Annual report of the Prince of Wales Medical College, Patna
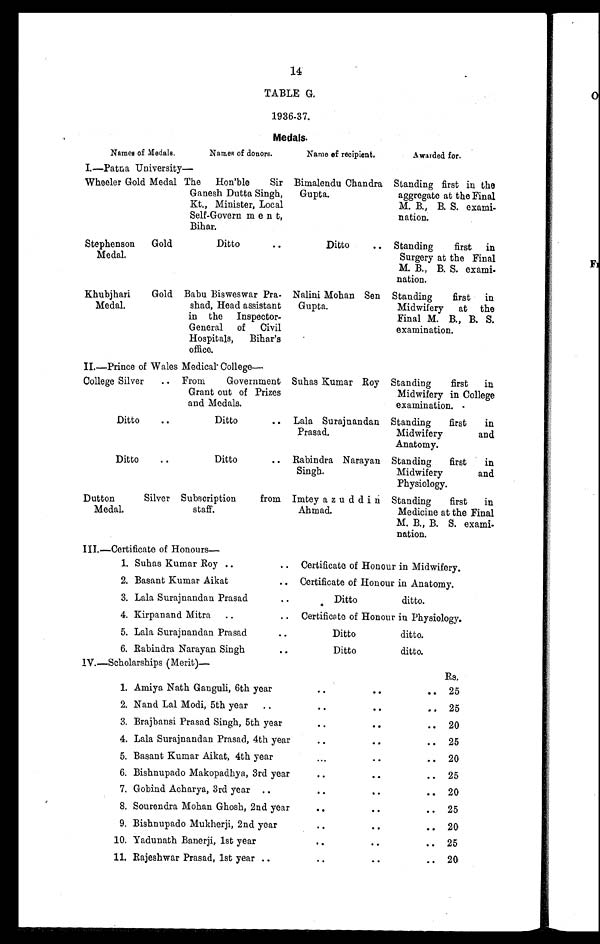
14
TABLE G.
1936-37.
Medals.
Names of Medals.
Names of donors.
Name of recipient.
A warded for.
I.—Patna University–
Wheeler Gold Medal The Hon'ble Sir
Ganesh Dutta Singh,
Kt., Minister, Local
Self-Government,
Bihar.
Bimalendu Chandra
Gupta.
Standing first in the
aggregate at the Final
M. B., B. S. exami-
nation.
Stephenson
Medal.
Gold
Ditto
. .
Ditto
.. Standing first in
Surgery at the Final
M. B., B. S. exami -
nation.
Khubjhari
Medal.
Gold Babu Bisweswar Pra-
shad, Head assistant
in the Inspector-
General of Civil
Hospitals, Bihar's
office.
Nalini Mohan Sen
Gupta.
Standing first in
Midwifery at the
Final M. B., B. S.
examination.
II.—Prince of Wales Medical College
—
College Silver
.. From Government
Grant out of Prizes
and Medals.
Suhas Kumar Roy Standing first in
Midwifery in College
examination.
Ditto
..
Ditto
.. Lala Surajnandan
Prasad.
Standing first in
Midwifery and
Anatomy.
Ditto
..
Ditto
.. Rabindra Narayan
Singh.
Standing first in
Midwifery and
Physiology.
Dutton
Medal.
Silver Subscription from
staff.
Imteya z udd i n
Ahmad.
Standing first in
Medicine at the Final
M. B., B. S. exami-
nation.
III.—Certificate of Honours
—
1. Suhas Kumar Roy ..
.. Certificate of Honour in Midwifery.
2. Basant Kumar Aikat
.. Certificate of Honour in Anatomy.
3. Lala Surajnandan Prasad
. .
Ditto
ditto.
4. Kirpanand Mitra ..
.. Certificate of Honour in Physiology.
5. Lala Surajnandan Prasad
..
Ditto
ditto.
6. Rabindra Narayan Singh
..
Ditto
ditto.
IV.—Scholarships (Merit)—
Rs.
1. Amiya Nath Ganguli, 6th year
..
..
. .
25
2. Nand Lal Modi, 5th year
. .
. .
..
. .
25
3. Brajbansi Prasad Singh, 5th year
..
..
..
20
4. Lala Surajnandan Prasad, 4th year
. .
..
..
25
5. Basant Kumar Aikat, 4th year
. . .
..
..
20
6. Bishnupado Makopadhya, 3rd year
..
..
.. 25
7. Gobind Acharya, 3rd year ..
..
..
..
20
8. Sourendra Mohan Ghosh, 2nd year
. .
..
..
25
9. Bishnupado Mukherji, 2nd year
..
..
..
20
10. Yadunath Banerji, 1st year
..
..
..
25
11. Rajeshwar Prasad, 1st year ..
. .
..
..
20